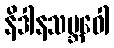
နိဒါနသမ္ဘဝေါ